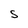
Character: S